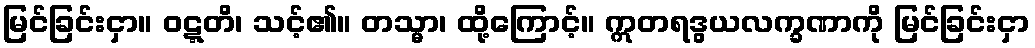
မြင်ခြင်းငှာ။ ဝဋ္ဋတိ၊ သင့်၏။ တသ္မာ၊ ထို့ကြောင့်။ ဣတရဒွယလက္ခဏာကို မြင်ခြင်းငှာ